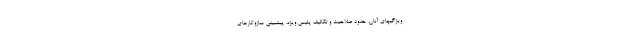
ویژگیهای آنان، حدود صلاحیت و تکالیف پلیس ویژه، پیشبینی سازوکارهای